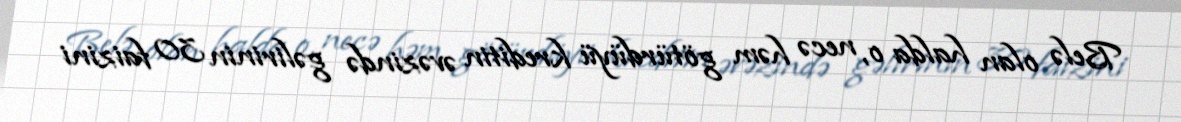
Belə olan halda o, necə həm götürdüyü kreditin əvəzində gəlirinin 30 faizini